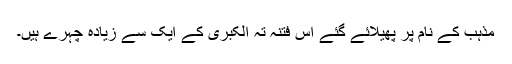
مذہب کے نام پر پھیلائے گئے اس فتنہ تہ الکبریٰ کے ایک سے زیادہ چہرے ہیں۔